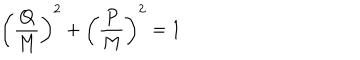
LaTeX: \left( { \frac { Q } { M } } \right) ^ { 2 } + \left( { \frac { P } { M } } \right) ^ { 2 } = 1